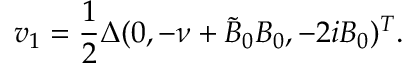
\boldsymbol { v } _ { 1 } = \frac { 1 } { 2 } \Delta ( 0 , - \nu + \tilde { B } _ { 0 } B _ { 0 } , - 2 i B _ { 0 } ) ^ { T } .